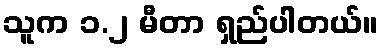
သူက ၁.၂ မီတာ ရှည်ပါတယ်။